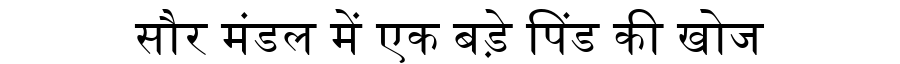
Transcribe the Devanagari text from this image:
सौर मंडल में एक बड़े पिंड की खोज